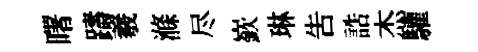
曙躊羲滌尽嶔琳吿誥杰驩